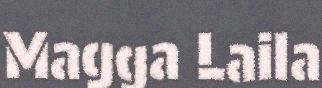
Magga Laila